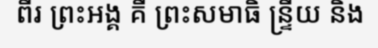
ពីរ ព្រះអង្គ គឺ ព្រះសមាធិ ន្ទ្រីយ និង